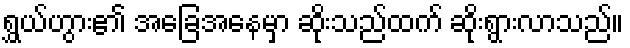
ရွှယ်ဟွား၏ အခြေအနေမှာ ဆိုးသည်ထက် ဆိုးရွားလာသည်။